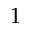
1